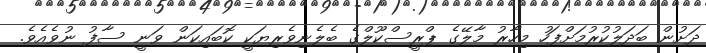
ދަށުން ބަދަލުކުރުމަށްފަހު މިހާރު މާލޭގެ ޕްރީސްކޫލްގެ ބެލެނިވެރިޔަކީ ކޮބައިކަން ވަނީ ސާފު ނުވެއެވެ.